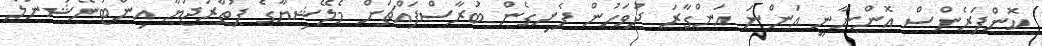
ކޮންފަރެންސް އޮންނާނީ އަންނަ އަންގާރަ ދުވަހުން ފެށިގެން ބުރާސްފައްޗަށް މެލޭޝިޔާގެ ޕުތްރަޖަޔާ އިންޓަނޭޝަނަލް